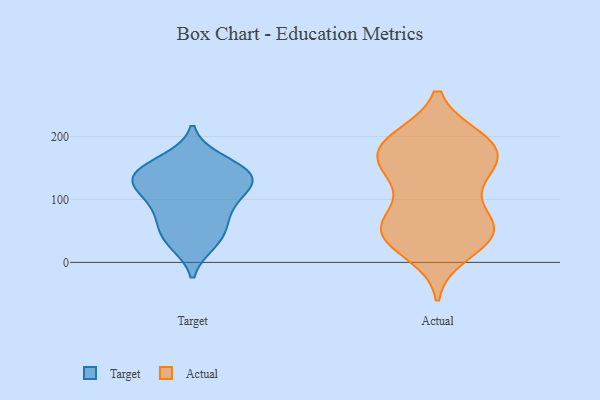
{"axis": {"x": "Humidity (%)", "y": "Value"}, "legend": ["Actual", "Target"], "data": [{"x": "", "y": 36, "type": "Target"}, {"x": "", "y": 130, "type": "Target"}, {"x": "", "y": 141, "type": "Target"}, {"x": "", "y": 139, "type": "Target"}, {"x": "", "y": 49, "type": "Target"}, {"x": "", "y": 128, "type": "Target"}, {"x": "", "y": 70, "type": "Target"}, {"x": "", "y": 129, "type": "Target"}, {"x": "", "y": 116, "type": "Target"}, {"x": "", "y": 88, "type": "Target"}, {"x": "", "y": 31, "type": "Target"}, {"x": "", "y": 162, "type": "Target"}, {"x": "", "y": 154, "type": "Target"}, {"x": "", "y": 91, "type": "Target"}, {"x": "", "y": 168, "type": "Actual"}, {"x": "", "y": 193, "type": "Actual"}, {"x": "", "y": 49, "type": "Actual"}, {"x": "", "y": 57, "type": "Actual"}, {"x": "", "y": 42, "type": "Actual"}, {"x": "", "y": 121, "type": "Actual"}, {"x": "", "y": 191, "type": "Actual"}, {"x": "", "y": 142, "type": "Actual"}, {"x": "", "y": 15, "type": "Actual"}, {"x": "", "y": 196, "type": "Actual"}, {"x": "", "y": 55, "type": "Actual"}, {"x": "", "y": 150, "type": "Actual"}, {"x": "", "y": 75, "type": "Actual"}, {"x": "", "y": 52, "type": "Actual"}, {"x": "", "y": 140, "type": "Actual"}, {"x": "", "y": 174, "type": "Actual"}, {"x": "", "y": 176, "type": "Actual"}, {"x": "", "y": 57, "type": "Actual"}, {"x": "", "y": 31, "type": "Actual"}, {"x": "", "y": 193, "type": "Actual"}]}